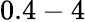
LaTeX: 0.4-4